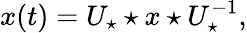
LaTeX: x(t)=U_{\star}\star x\star U_{\star}^{-1},